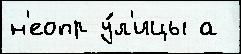
н'еопр у́л'ицы а